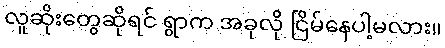
လူဆိုးတွေဆိုရင် ရွာက အခုလို ငြိမ်နေပါ့မလား။